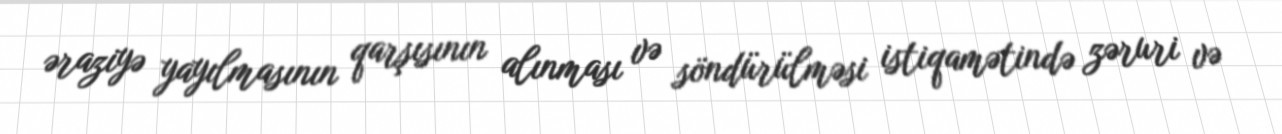
əraziyə yayılmasının qarşısının alınması və söndürülməsi istiqamətində zəruri və